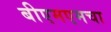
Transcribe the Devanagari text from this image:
बीएमएमचा